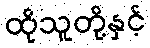
ထိုသူတို့နှင့်